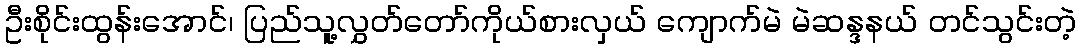
ဦးစိုင်းထွန်းအောင်၊ ပြည်သူ့လွှတ်တော်ကိုယ်စားလှယ် ကျောက်မဲ မဲဆန္ဒနယ် တင်သွင်းတဲ့